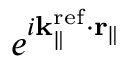
e ^ { i { \bf k } _ { \parallel } ^ { \mathrm { r e f } } \cdot { \bf r } _ { \parallel } }